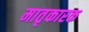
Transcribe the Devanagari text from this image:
मातृकारक